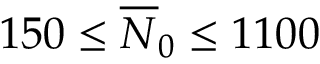
1 5 0 \le \overline { { N } } _ { 0 } \le 1 1 0 0